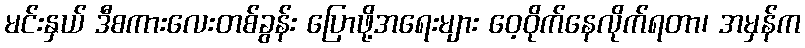
မင်းနှယ် ဒီစကားလေးတစ်ခွန်း ပြောဖို့အရေးများ ဝေ့ဝိုက်နေလိုက်ရတာ၊ အမှန်က